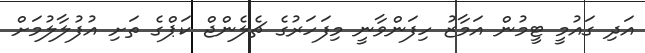
އަދި ގައުމީ ޓީމުން އަމާޒު ހިފަންވާނީ މިފަހަރުގެ ޗެލެންޖް ކަޕްގެ ތަށި އުފުލާލުމަށް